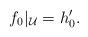
LaTeX: \begin{align*} f_0|_{\mathcal{U}} = h_0'.\end{align*}